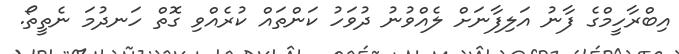
އިބްރާހީމްގެ ފާނު އަލިފާނަށް ލެއްވުނު ދުވަހު ކަންތައް ކުރެއްވި ގޮތް ހަނދުމަ ނެތީތޯ.